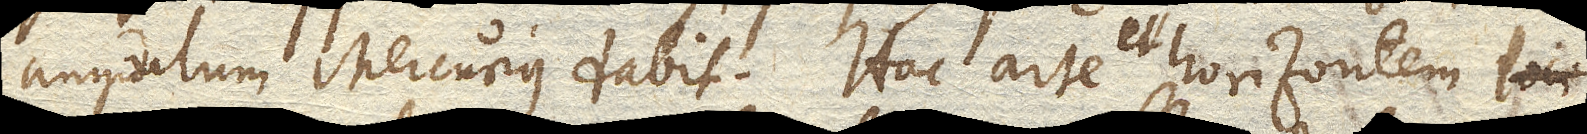
angulum Mercurius dabit. Hac arte et horizontem